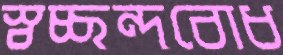
স্বচ্ছন্দবোধ